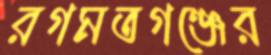
রগমতগঞ্জের